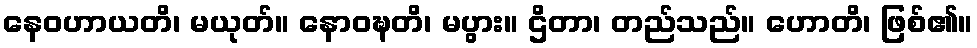
နေဝဟာယတိ၊ မယုတ်။ နောဝဍ္ဎတိ၊ မပွား။ ဌိတာ၊ တည်သည်။ ဟောတိ၊ ဖြစ်၏။